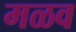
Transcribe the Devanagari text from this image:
मळव